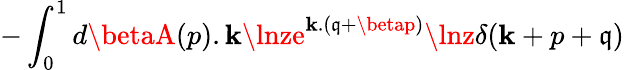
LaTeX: -\int_{0}^{1}d\betaA(p).\mathbf{k}\lnze^{\mathbf{k}.(\mathfrak{q}+\betap)}\lnz\delta(\mathbf{k}+p+\mathfrak{q})